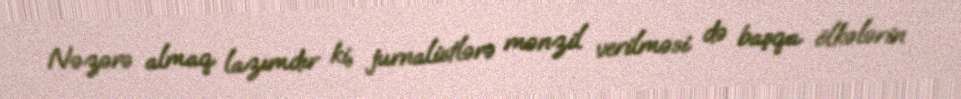
Nəzərə almaq lazımdır ki, jurnalistlərə mənzil verilməsi də başqa ölkələrin